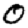
Digit: 0